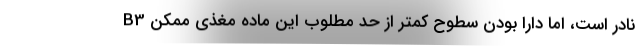
B3 نادر است، اما دارا بودن سطوح کمتر از حد مطلوب این ماده مغذی ممکن